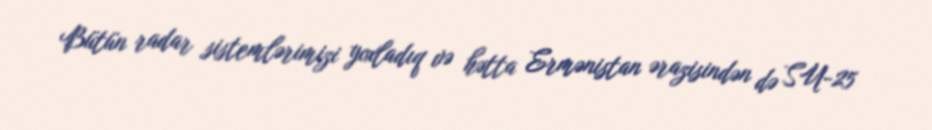
Bütün radar sistemlərimizi yoxladıq və hətta Ermənistan ərazisindən də SU-25